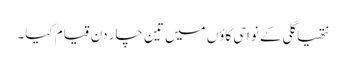
نتھیا گلی کے نواحی گاؤں میں تین چار دن قیام کیا۔